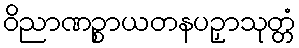
ဝိညာဏဉ္စာယတနပဉှာသုတ္တံ